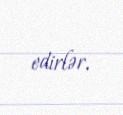
edirlər.